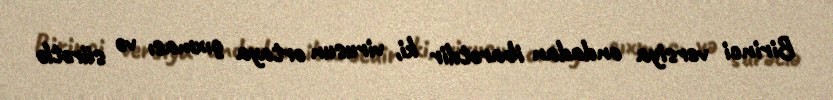
Birinci versiya ondadan ibarətdir ki, virusun ortaya çıxması və sürətlə